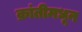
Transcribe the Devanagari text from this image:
क्रांतीमधून